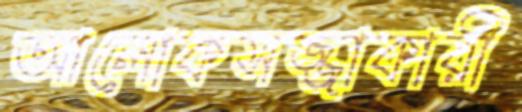
আলোকসজ্জাকারী